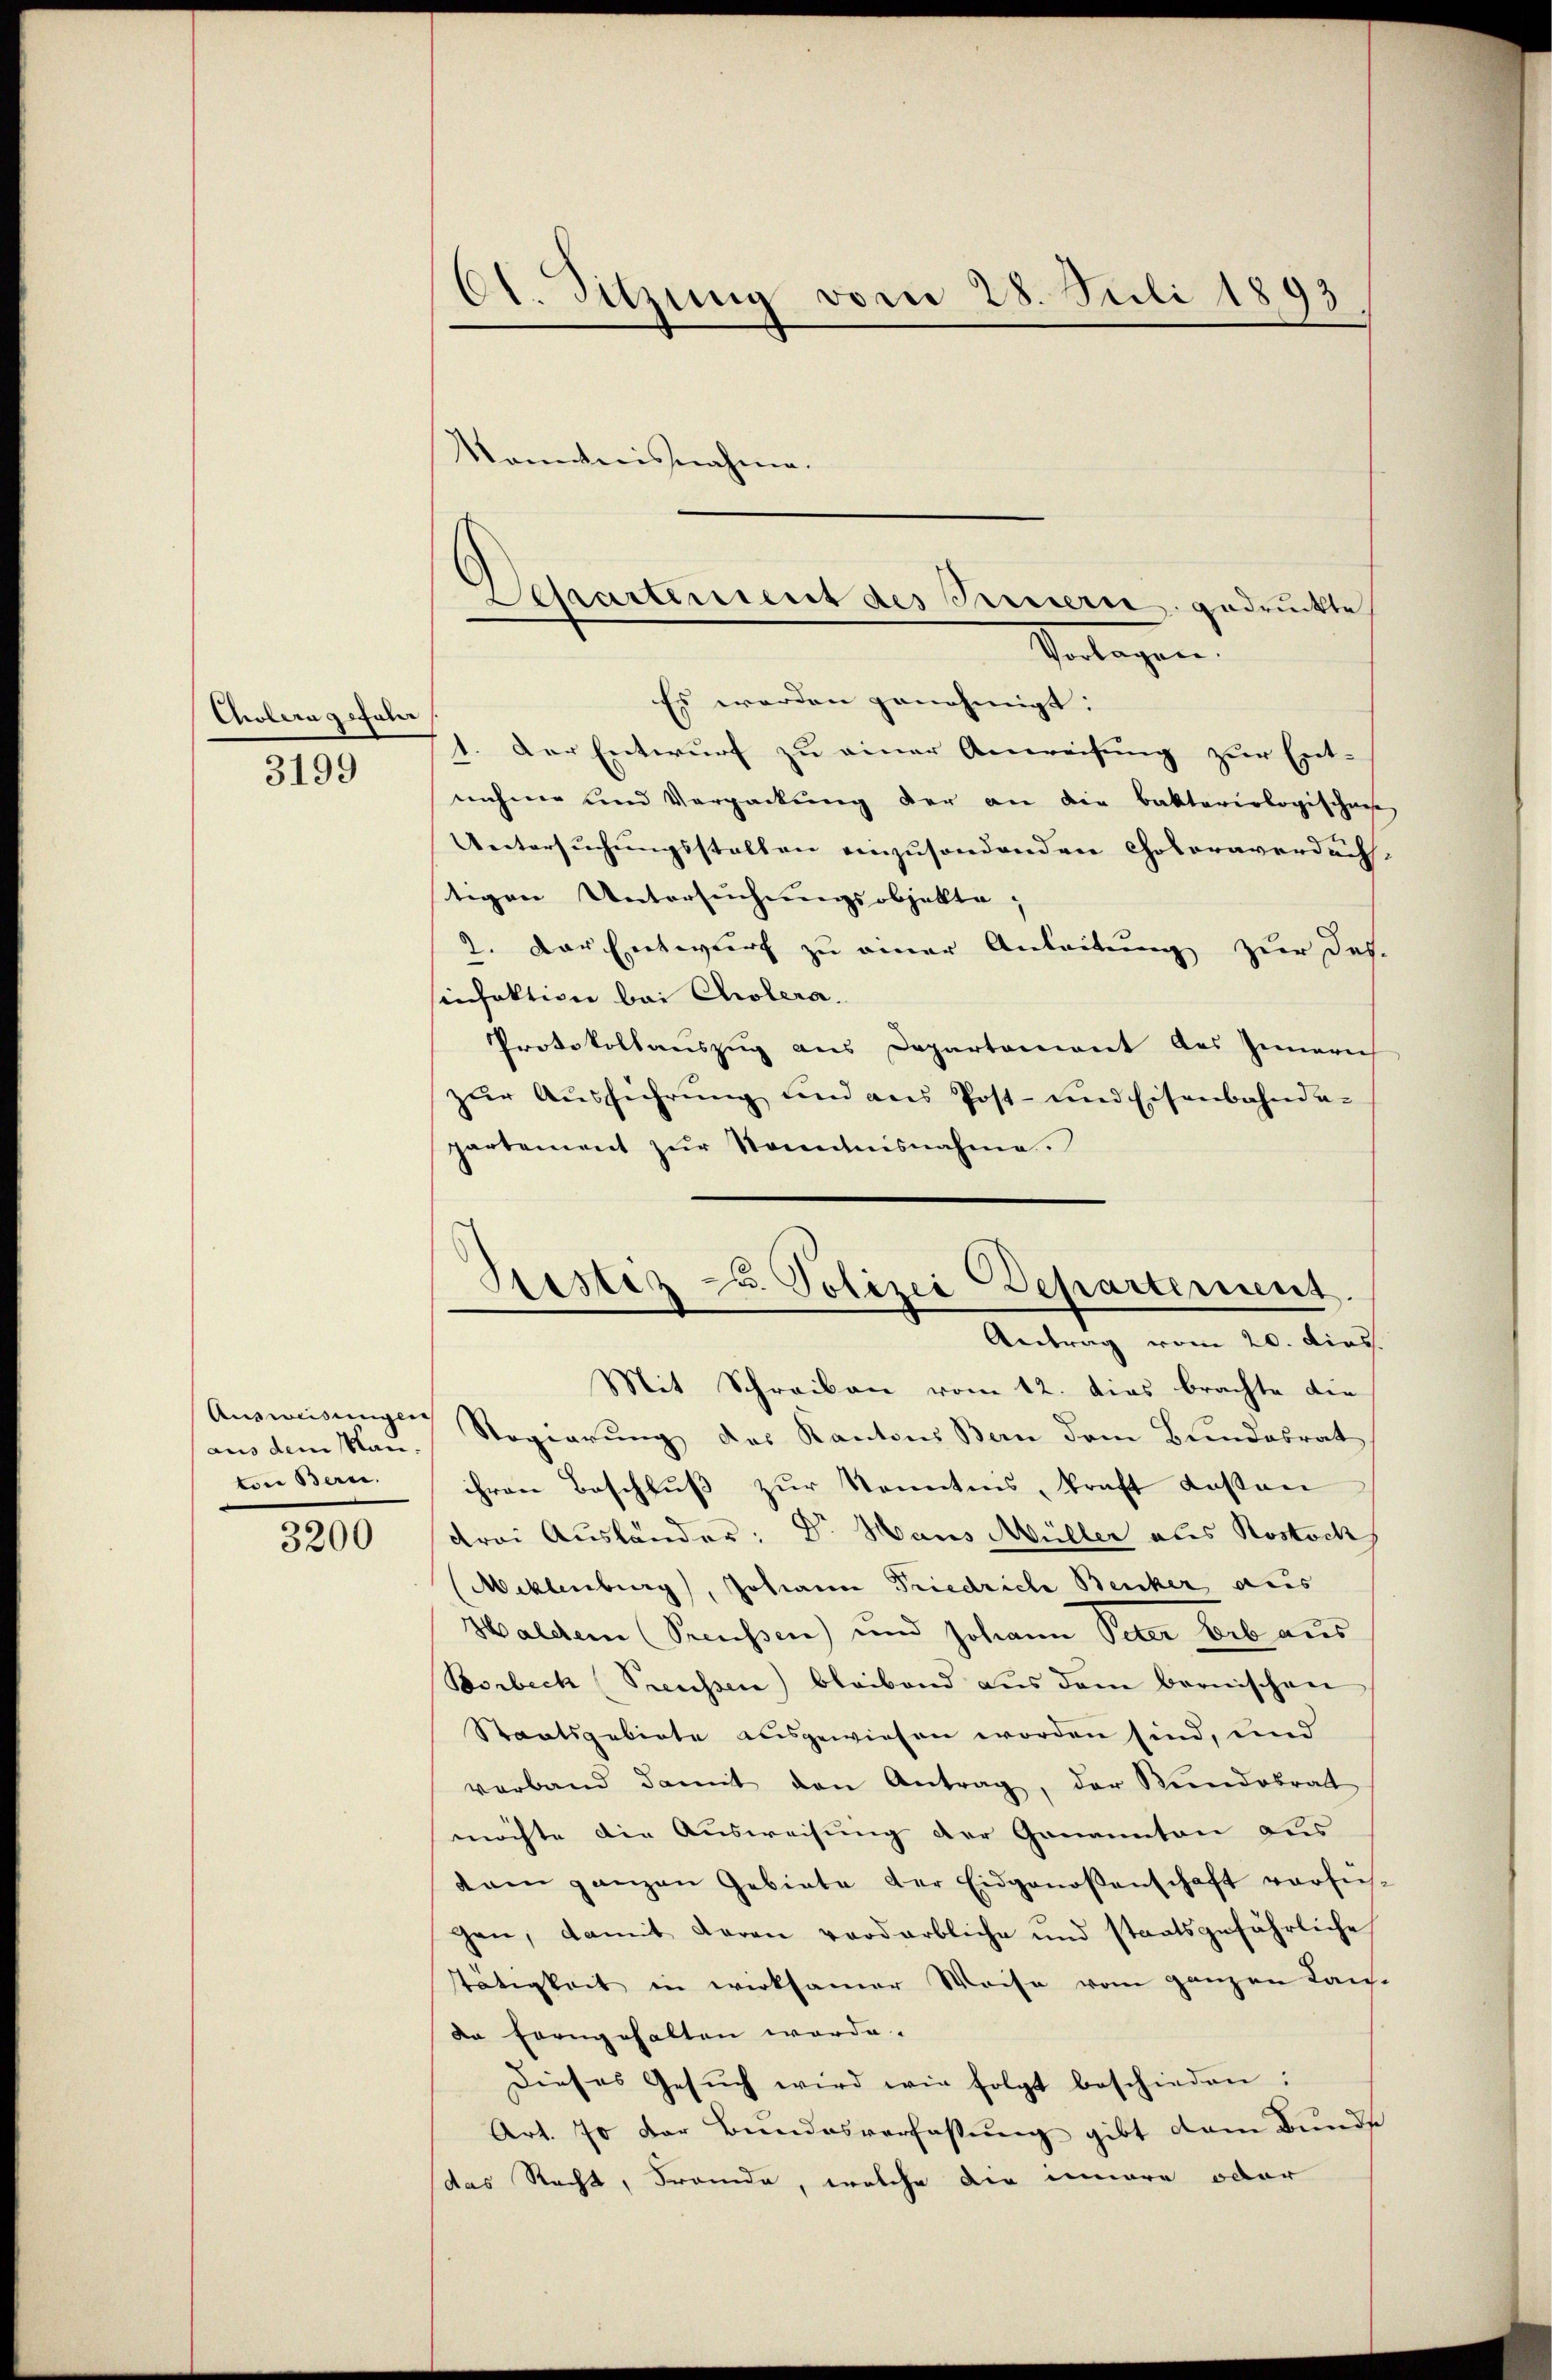
Cholera gefahr
3199

aus dem Man
ton Bern.

3200

t
bl. Sitzung vom 28. Juli 1893

kanntnisnahme.
Es werden genehmigt:
1. Der Entwurf zu einer Anweisung zur Ent-
nahme und Verpackŭng der an die Baktariologischens
Untersuchungsstellen einzusondenden Coloraverdäch-
tigen Untersuchungsobjekte,
2. Der Entwurf zu einer Anleitung zur Des-
sinfektion bei Cholera.
Protokollauszug aus Departement des Innern
zŭr Aŭsführŭng und ans Post- und Eisenbahnda-
partement zur Sonntnisnahme.

Aŭsweisŭngen Regierŭng des Kantons Bern dem Bŭndesrat
ihren Beschluß zur Kenntnis, kraft Kosten
drei Ausländer: Dr Haus Müller aus Rostock
Meklenburg, Johann Friedriche Benker aus
Walden (Preussen) und Johann Peter Leib aus
Borbeck (Preusser) bleibend aŭs dem bernischen
Staatsgebiete ausgewiesen worden sind, und
verband damit den Antrag, der Kundobrat
möchte die Ausweisung der Genannten aus
dam ganzen Gebiete der Eidgenossenschaft vorfüh-
gen, damit daran verdarbliche und staatsgefährliche
tätigkeit in wirksamer Weise vom ganzen Landa forngehalten worde.
Dieses Gesŭch wird wie folgt beschieden:
Art. 70 der Bundesverfassung gibt dem Bunde
das Recht, Fremde, welche die innere oder

chartement des Bernern gedruckte
Vorlagen.

Siestez u. Polizei Departement.
Antrag vom 20. dies
Mit Schreiben vom 12. dies brachte die